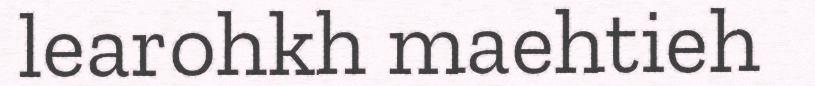
learohkh maehtieh